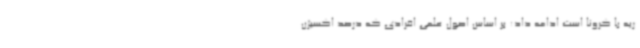
ریه با کرونا است ادامه داد: بر اساس اصول علمی افرادی که درصد اکسیژن